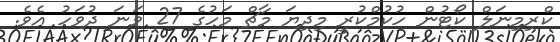
ކްރިމިނަލް ކޯޓުން ހުކުމްކުރީ މިިދިޔަ މާޗް މަހުގެ 27 ވަނަ ދުވަހު އެވެ.